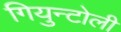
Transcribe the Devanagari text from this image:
गियुन्टोली